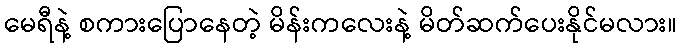
မေရီနဲ့ စကားပြောနေတဲ့ မိန်းကလေးနဲ့ မိတ်ဆက်ပေးနိုင်မလား။